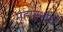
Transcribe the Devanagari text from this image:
महानुभावो